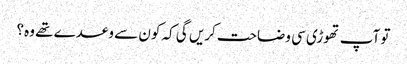
تو آپ تھوڑی سی وضاحت کریں گی کہ کون سے وعدے تھے وہ؟